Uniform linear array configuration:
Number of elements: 8
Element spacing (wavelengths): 1
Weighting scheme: blackman
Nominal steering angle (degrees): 45
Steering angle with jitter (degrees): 43.277
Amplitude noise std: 0.05
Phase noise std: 0.05

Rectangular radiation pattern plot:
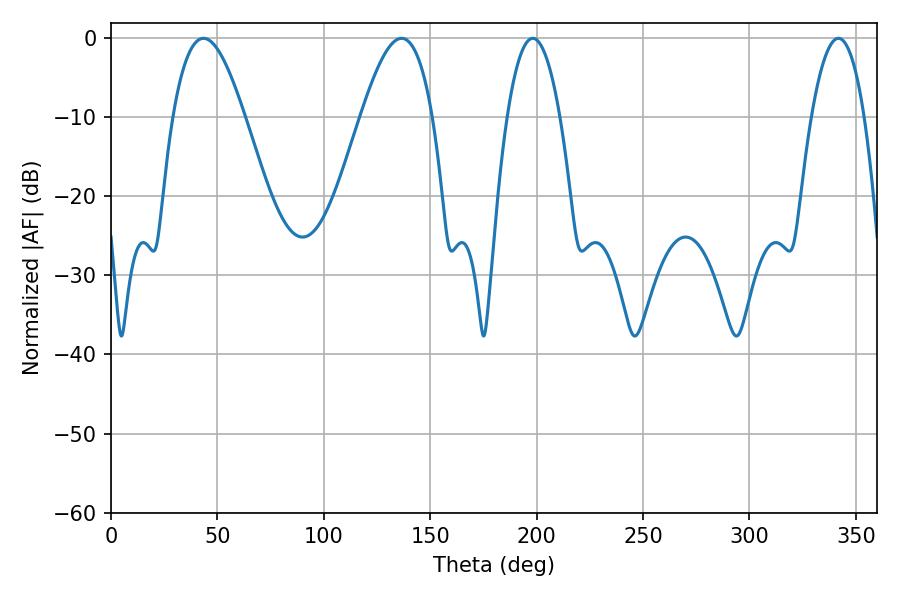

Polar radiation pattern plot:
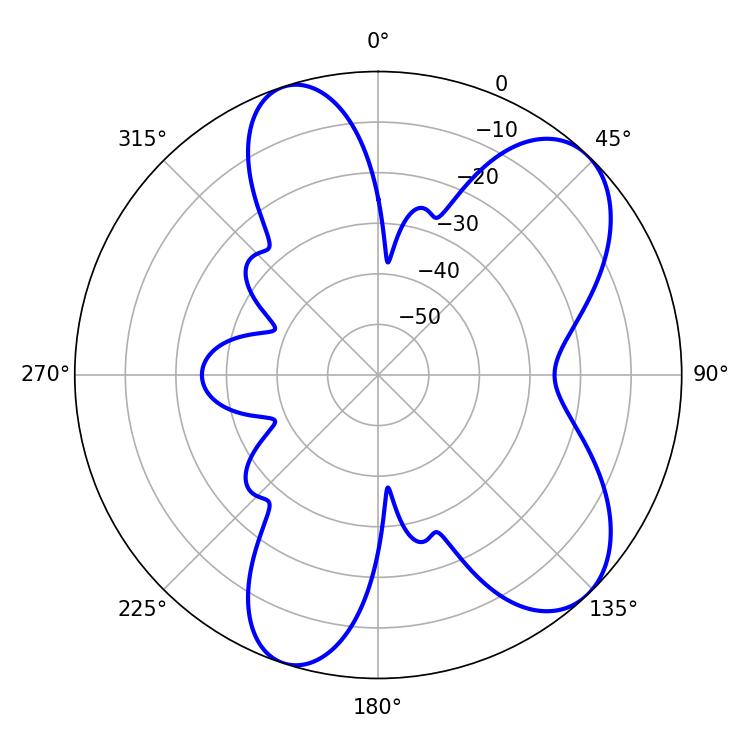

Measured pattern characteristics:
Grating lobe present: TRUE
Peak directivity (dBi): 7.883
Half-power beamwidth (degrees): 13.68
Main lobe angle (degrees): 198.18